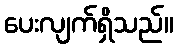
ပေးလျက်ရှိသည်။